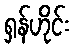
ရှန်ဟိုင်း